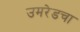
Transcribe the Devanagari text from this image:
उमरेडचा